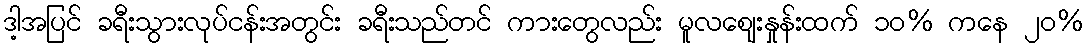
ဒါ့အပြင် ခရီးသွားလုပ်ငန်းအတွင်း ခရီးသည်တင် ကားတွေလည်း မူလဈေးနှုန်းထက် ၁၀% ကနေ ၂၀%